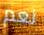
نعم